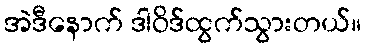
အဲဒီနောက် ဒါဝိဒ်ထွက်သွားတယ်။